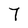
Character: 7